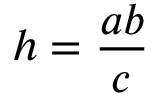
\displaystyle h = { \frac { a b } { c } }